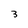
Character: 3